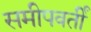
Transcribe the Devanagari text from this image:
समीपवर्तीं